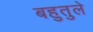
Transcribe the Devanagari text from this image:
बहुतुले